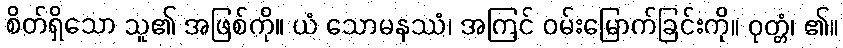
စိတ်ရှိသော သူ၏ အဖြစ်ကို။ ယံ သောမနဿံ၊ အကြင် ဝမ်းမြောက်ခြင်းကို။ ဝုတ္တံ၊ ၏။